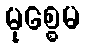
မုစ္စေမ